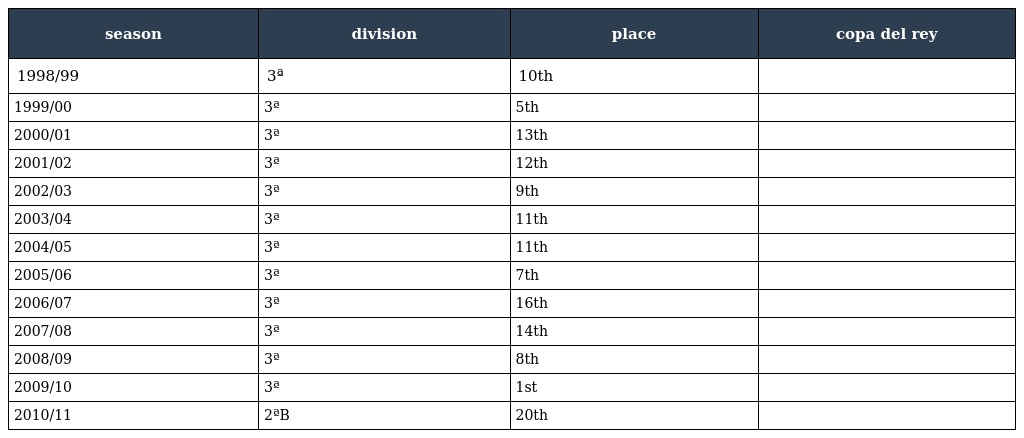
| season | division | place | copa del rey |
 | --- | --- | --- | --- |
 | 1998/99 | 3ª | 10th |  |
 | 1999/00 | 3ª | 5th |  |
 | 2000/01 | 3ª | 13th |  |
 | 2001/02 | 3ª | 12th |  |
 | 2002/03 | 3ª | 9th |  |
 | 2003/04 | 3ª | 11th |  |
 | 2004/05 | 3ª | 11th |  |
 | 2005/06 | 3ª | 7th |  |
 | 2006/07 | 3ª | 16th |  |
 | 2007/08 | 3ª | 14th |  |
 | 2008/09 | 3ª | 8th |  |
 | 2009/10 | 3ª | 1st |  |
 | 2010/11 | 2ªB | 20th |  |